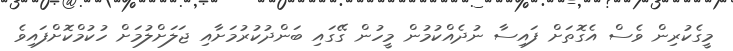
މީގެކުރިން ވެސް އެގޮތަށް ފައިސާ ނުދެއްކުމުން މީހުން ގޭގައި ބަންދުކުރުމަށާއި ޖަލަށްލުމަށް ހުކުމްކޮށްފައިވެ